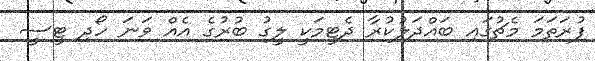
ފުރަތަމަ މެޗުގައި ބައްދަލުކުރާ ދެޓީމަކީ ލީގު ބުރުގެ އެއް ވަނަ ހޯދި ޓީސީ